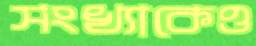
সংখ্যাকেও